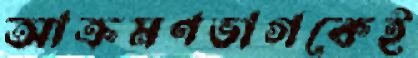
আক্রমণভাগকেই